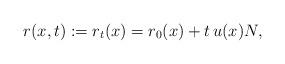
LaTeX: \begin{align*} \*r(\*x, t) := \*r_t(\*x) = \*r_0(\*x) + t\,u(\*x)\*N,\end{align*}